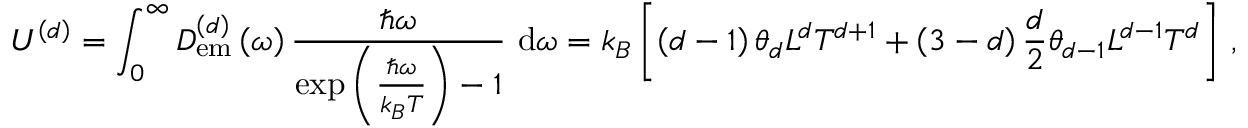
U ^ { \left( d \right) } = \int _ { 0 } ^ { \infty } D _ { \mathrm { e m } } ^ { \left( d \right) } \left( \omega \right) \frac { \hbar \omega } { \exp \left( \frac { \hbar \omega } { k _ { B } T } \right) - 1 } ~ \mathrm { d } \omega = k _ { B } \left[ \left( d - 1 \right) \theta _ { d } L ^ { d } T ^ { d + 1 } + \left( 3 - d \right) \frac { d } { 2 } \theta _ { d - 1 } L ^ { d - 1 } T ^ { d } \right] \, ,